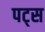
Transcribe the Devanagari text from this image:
पट्स